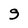
Character: g